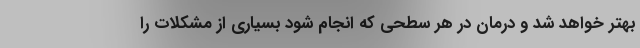
بهتر خواهد شد و درمان در هر سطحی که انجام شود بسیاری از مشکلات را